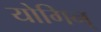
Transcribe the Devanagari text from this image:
योगिन्